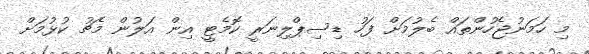
މި ހަމަނުޖެހުންތައް ބެލުމަށް ފަހު ޑިސިޕްލިނަރީ ކޮމެޓީ އިން އަލުން މެޗު ކުޅުމަށް